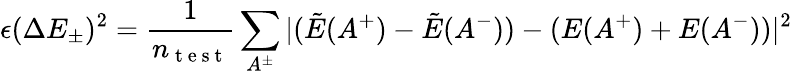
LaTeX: \epsilon(\Delta E_{\pm})^{2}=\frac{1}{n_{\mathrm{~t~e~s~t~}}}\sum_{A^{\pm}}|(\tilde{E}(A^{+})-\tilde{E}(A^{-}))-({E}(A^{+})+{E}(A^{-}))|^{2}